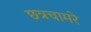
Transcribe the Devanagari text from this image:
छत्रचामरे